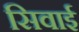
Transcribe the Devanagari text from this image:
सिवाई